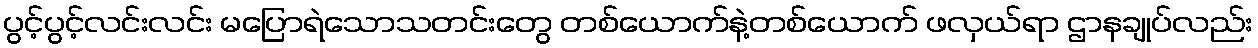
ပွင့်ပွင့်လင်းလင်း မပြောရဲသောသတင်းတွေ တစ်ယောက်နဲ့တစ်ယောက် ဖလှယ်ရာ ဌာနချုပ်လည်း